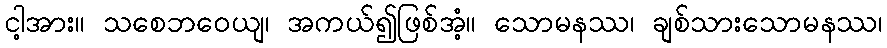
ငါ့အား။ သစေဘဝေယျ၊ အကယ်၍ဖြစ်အံ့။ သောမနဿ၊ ချစ်သားသောမနဿ၊